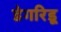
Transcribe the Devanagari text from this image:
डेगरिडू